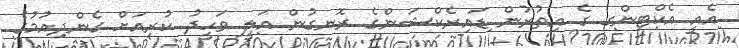
އެއީ އެކްޓިންގ ގެ އިތުރުން ޑައިރެކްޝަންގެ ރޮނގުން އަލީ ވަހީދު ކުރިއަށް ގެންދިއުމުގެ